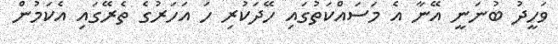
ވަހީދު ބުނަނީ އޭނާ އެ މަސައްކަތުގައި ހޭދަކުރި ހަ އަހަރުގެ ތެރޭގައި އެކަމުން